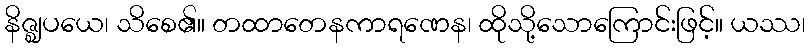
နိဇ္ဈပယေ၊ သိစေ၏။ တထာတေနကာရဏေန၊ ထိုသို့သောကြောင်းဖြင့်။ ယဿ၊